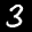
Label: 3